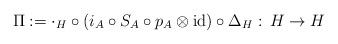
LaTeX: \begin{align*}\Pi:=\cdot_H\circ (i_A\circ S_A\circ p_A\otimes{\rm id})\circ\Delta_H:\, H\rightarrow H\end{align*}